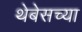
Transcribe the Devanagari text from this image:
थेबेसच्या